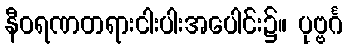
နီဝရဏတရားငါးပါးအပေါင်း၌။ ပုဗ္ဗင်္ဂ